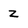
Character: z